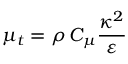
{ \mu _ { t } } = \rho \, { C _ { \mu } } \frac { { { \kappa ^ { 2 } } } } { \varepsilon }